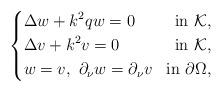
LaTeX: \begin{align*} \left\{ \begin{aligned} &\Delta w+k^2qw=0 &\mathrm {in}\ \mathcal K,\\ &\Delta v+k^2 v=0 &\mathrm {in}\ \mathcal K,\\ &w=v,\ \partial_{\nu}w=\partial_{\nu}v&\mathrm{in} \ \partial \Omega, \end{aligned} \right. \end{align*}